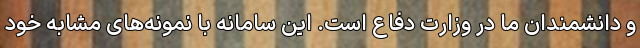
و دانشمندان ما در وزارت دفاع است. این سامانه با نمونه‌های مشابه خود